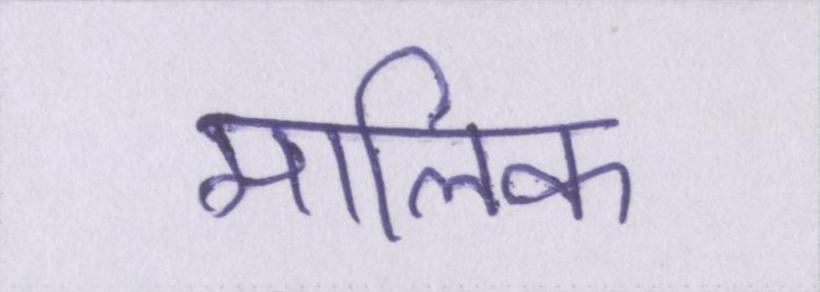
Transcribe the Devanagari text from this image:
मालिक